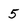
Character: 5